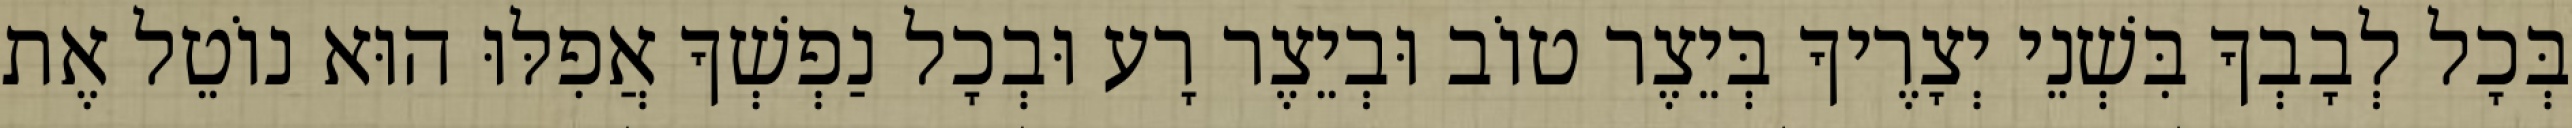
בְּכָל לְבָבְךָ בִּשְׁנֵי יְצָרֶיךָ בְּיֵצֶר טוֹב וּבְיֵצֶר רָע וּבְכָל נַפְשְׁךָ אֲפִלּוּ הוּא נוֹטֵל אֶת